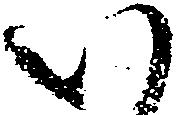
い